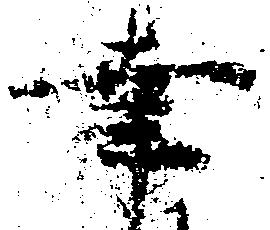
幸